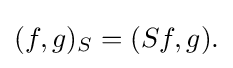
\displaystyle {(f,g)_{S}=(Sf,g).}